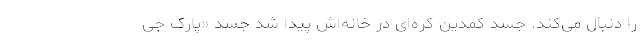
را دنبال می‌کند. جسد کمدین کره‌ای در خانه‌اش پیدا شد جسد «پارک جی